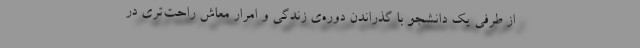
از طرفی یک دانشجو با گذراندن دوره‌ی زندگی و امرار معاش راحت‌تری در